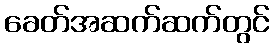
ခေတ်အဆက်ဆက်တွင်